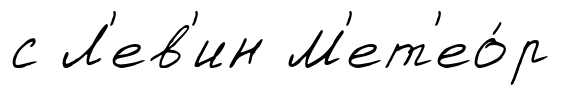
с Л'ев'ин М'ет'ео́р